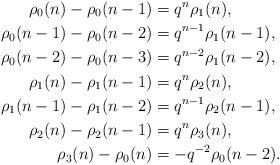
LaTeX: \begin{align*}\rho_0(n) - \rho_0(n-1) & = q^n \rho_1(n), \\\rho_0(n-1) - \rho_0(n-2) & = q^{n-1} \rho_1(n-1), \\\rho_0(n-2) - \rho_0(n-3) & = q^{n-2} \rho_1(n-2), \\\rho_1(n) - \rho_1(n-1) & = q^n \rho_2(n), \\\rho_1(n-1) - \rho_1(n-2) & = q^{n-1} \rho_2(n-1), \\\rho_2(n) - \rho_2(n-1) & = q^n \rho_3(n), \\\rho_3(n) - \rho_0(n) & = -q^{-2} \rho_0(n-2).\end{align*}